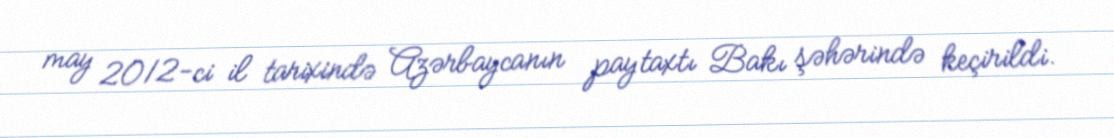
may 2012-ci il tarixində Azərbaycanın paytaxtı Bakı şəhərində keçirildi.